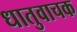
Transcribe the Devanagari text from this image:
धातुवाचक